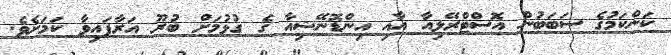
ކަންކަމުގެ ސަބަބުން އޮސްޓްރޭލިއާ އާއި އިންޑޮނޭޝިއާ ގެ ގުޅުމަށް ބުރޫ އަރާފައިވާ ކަމަށެވެ.